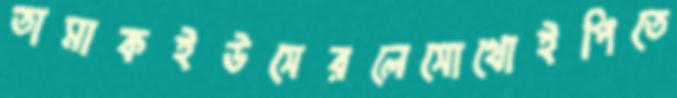
তামাকইউসেরলেসোথোইপিতে